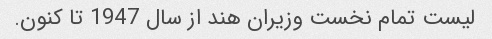
لیست تمام نخست وزیران هند از سال 1947 تا کنون.